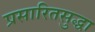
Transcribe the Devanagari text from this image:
प्रसारितसुद्धा